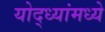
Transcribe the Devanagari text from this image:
योद्ध्यांमध्ये